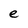
Character: e